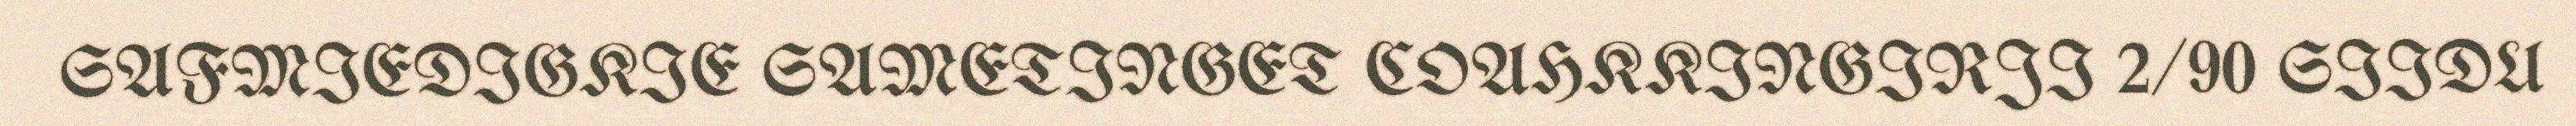
SAFMIEDIGKIE SAMETINGET COAHKKINGIRJI 2/90 SIIDU